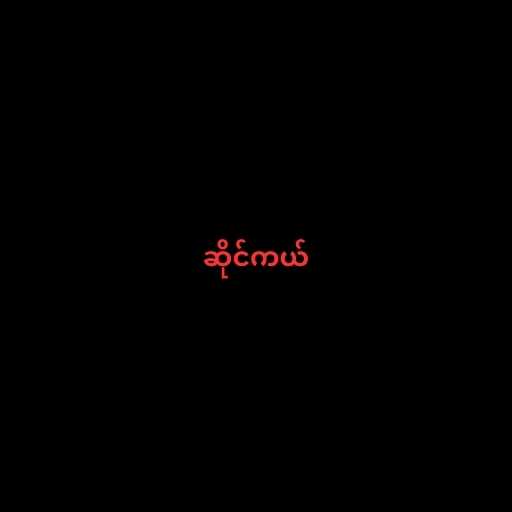
ဆိုင်ကယ်